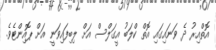
އޮތްއިރު ދެ ވަނައިގައި އޮތް ކްލަބު އީގަލްސް އަށް ލިބިފައިވަނީ އަށް ޕޮއިންޓެވެ.